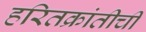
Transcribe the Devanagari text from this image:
हरितक्रांतीची